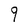
Character: 9